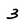
Character: 3